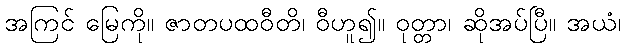
အကြင် မြေကို။ ဇာတပထဝီတိ၊ ဝီဟူ၍။ ဝုတ္တာ၊ ဆိုအပ်ပြီ။ အယံ၊